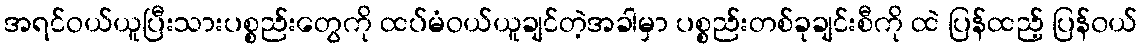
အရင်ဝယ်ယူပြီးသားပစ္စည်းတွေကို ထပ်မံဝယ်ယူချင်တဲ့အခါမှာ ပစ္စည်းတစ်ခုချင်းစီကို ထဲ ပြန်ထည့် ပြန်၀ယ်